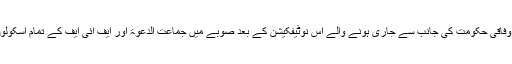
ڈان سے بات چیت کرتے ہوئے رانا ثناءاللہ کا کہنا تھا کہ انہوں نے وفاقی حکومت کی جانب سے جاری ہونے والے اس نوٹیفکیشن کے بعد صوبے میں جماعت الدعوۃ اور ایف آئی ایف کے تمام اسکولوں مدارس اور صحت کے مراکز کا کنٹرول اپنے ہاتھ میں لے لیا تھا۔